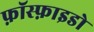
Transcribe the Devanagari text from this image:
फ़ॉस्फ़ाइडो